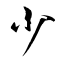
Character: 少